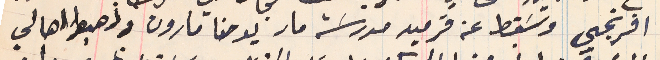
افرنجي وسَقط عن قرميد مدرسَة مار يوحنا مارون وذهبوا اهالي